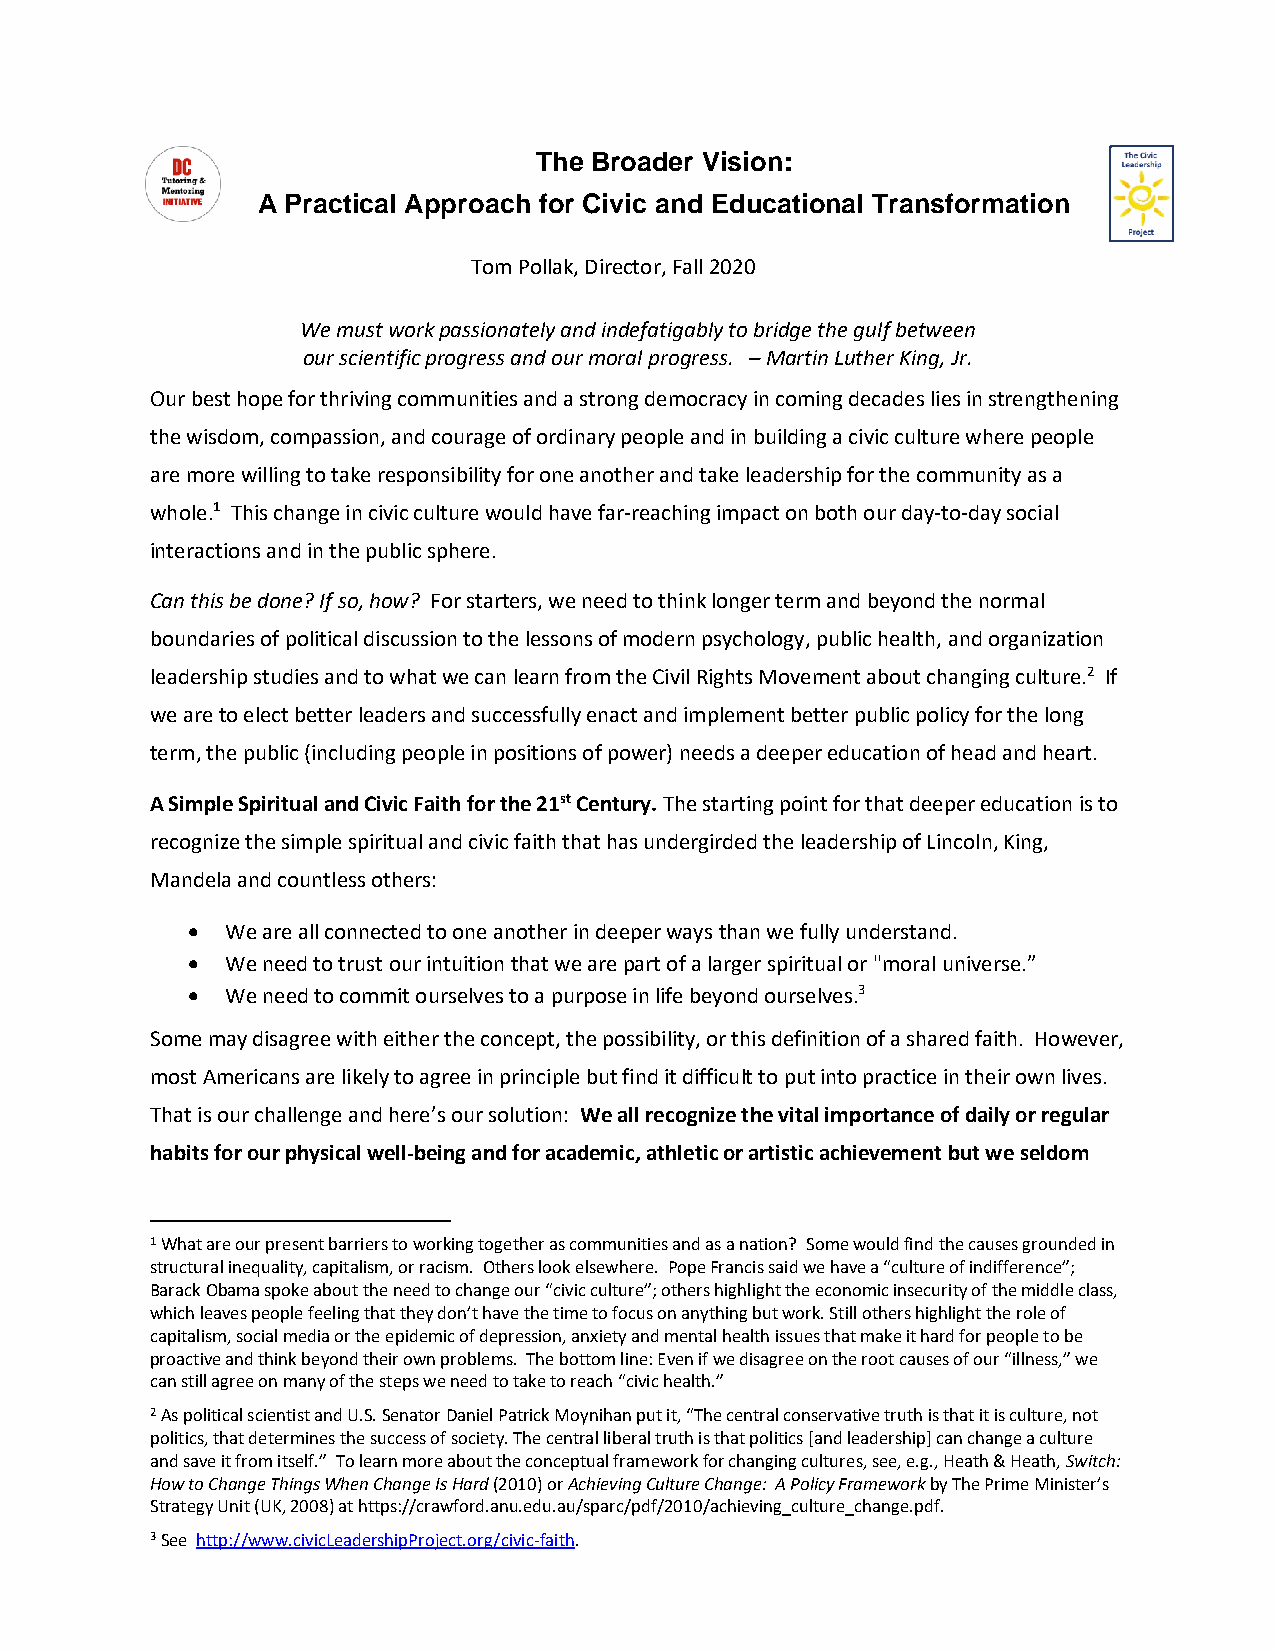
The Broader Vision:
 A Practical Approach for Civic and Educational Transformation
 Tom Pollak, Director, Fall 2020
 We must work passionately and indefatigably to bridge the gulf between
 our scientific progress and our moral progress. – Martin Luther King, Jr.
 Our best hope for thriving communities and a strong democracy in coming decades lies in strengthening
 the wisdom, compassion, and courage of ordinary people and in building a civic culture where people
 are more willing to take responsibility for one another and take leadership for the community as a
 whole.1 This change in civic culture would have far-reaching impact on both our day-to-day social
 interactions and in the public sphere.
 Can this be done? If so, how? For starters, we need to think longer term and beyond the normal
 boundaries of political discussion to the lessons of modern psychology, public health, and organization
 leadership studies and to what we can learn from the Civil Rights Movement about changing culture.2 If
 we are to elect better leaders and successfully enact and implement better public policy for the long
 term, the public (including people in positions of power) needs a deeper education of head and heart.
 A Simple Spiritual and Civic Faith for the 21st Century. The starting point for that deeper education is to
 recognize the simple spiritual and civic faith that has undergirded the leadership of Lincoln, King,
 Mandela and countless others:
 •  We are all connected to one another in deeper ways than we fully understand.
 •  We need to trust our intuition that we are part of a larger spiritual or "moral universe.”
 •  We need to commit ourselves to a purpose in life beyond ourselves.3
 Some may disagree with either the concept, the possibility, or this definition of a shared faith. However,
 most Americans are likely to agree in principle but find it difficult to put into practice in their own lives.
 That is our challenge and here’s our solution: We all recognize the vital importance of daily or regular
 habits for our physical well-being and for academic, athletic or artistic achievement but we seldom
 1 What are our present barriers to working together as communities and as a nation? Some would find the causes grounded in
 structural inequality, capitalism, or racism. Others look elsewhere. Pope Francis said we have a “culture of indifference”;
 Barack Obama spoke about the need to change our “civic culture”; others highlight the economic insecurity of the middle class,
 which leaves people feeling that they don’t have the time to focus on anything but work. Still others highlight the role of
 capitalism, social media or the epidemic of depression, anxiety and mental health issues that make it hard for people to be
 proactive and think beyond their own problems. The bottom line: Even if we disagree on the root causes of our “illness,” we
 can still agree on many of the steps we need to take to reach “civic health.”
 2 As political scientist and U.S. Senator Daniel Patrick Moynihan put it, “The central conservative truth is that it is culture, not
 politics, that determines the success of society. The central liberal truth is that politics [and leadership] can change a culture
 and save it from itself.” To learn more about the conceptual framework for changing cultures, see, e.g., Heath & Heath, Switch:
 How to Change Things When Change Is Hard (2010) or Achieving Culture Change: A Policy Framework by The Prime Minister’s
 Strategy Unit (UK, 2008) at https://crawford.anu.edu.au/sparc/pdf/2010/achieving_culture_change.pdf.
 3 See http://www.civicLeadershipProject.org/civic-faith.